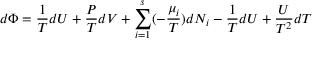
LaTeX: d \Phi = { \frac { 1 } { T } } d U + { \frac { P } { T } } d V + \sum _ { i = 1 } ^ { s } ( - { \frac { \mu _ { i } } { T } } ) d N _ { i } - { \frac { 1 } { T } } d U + { \frac { U } { T ^ { 2 } } } d T